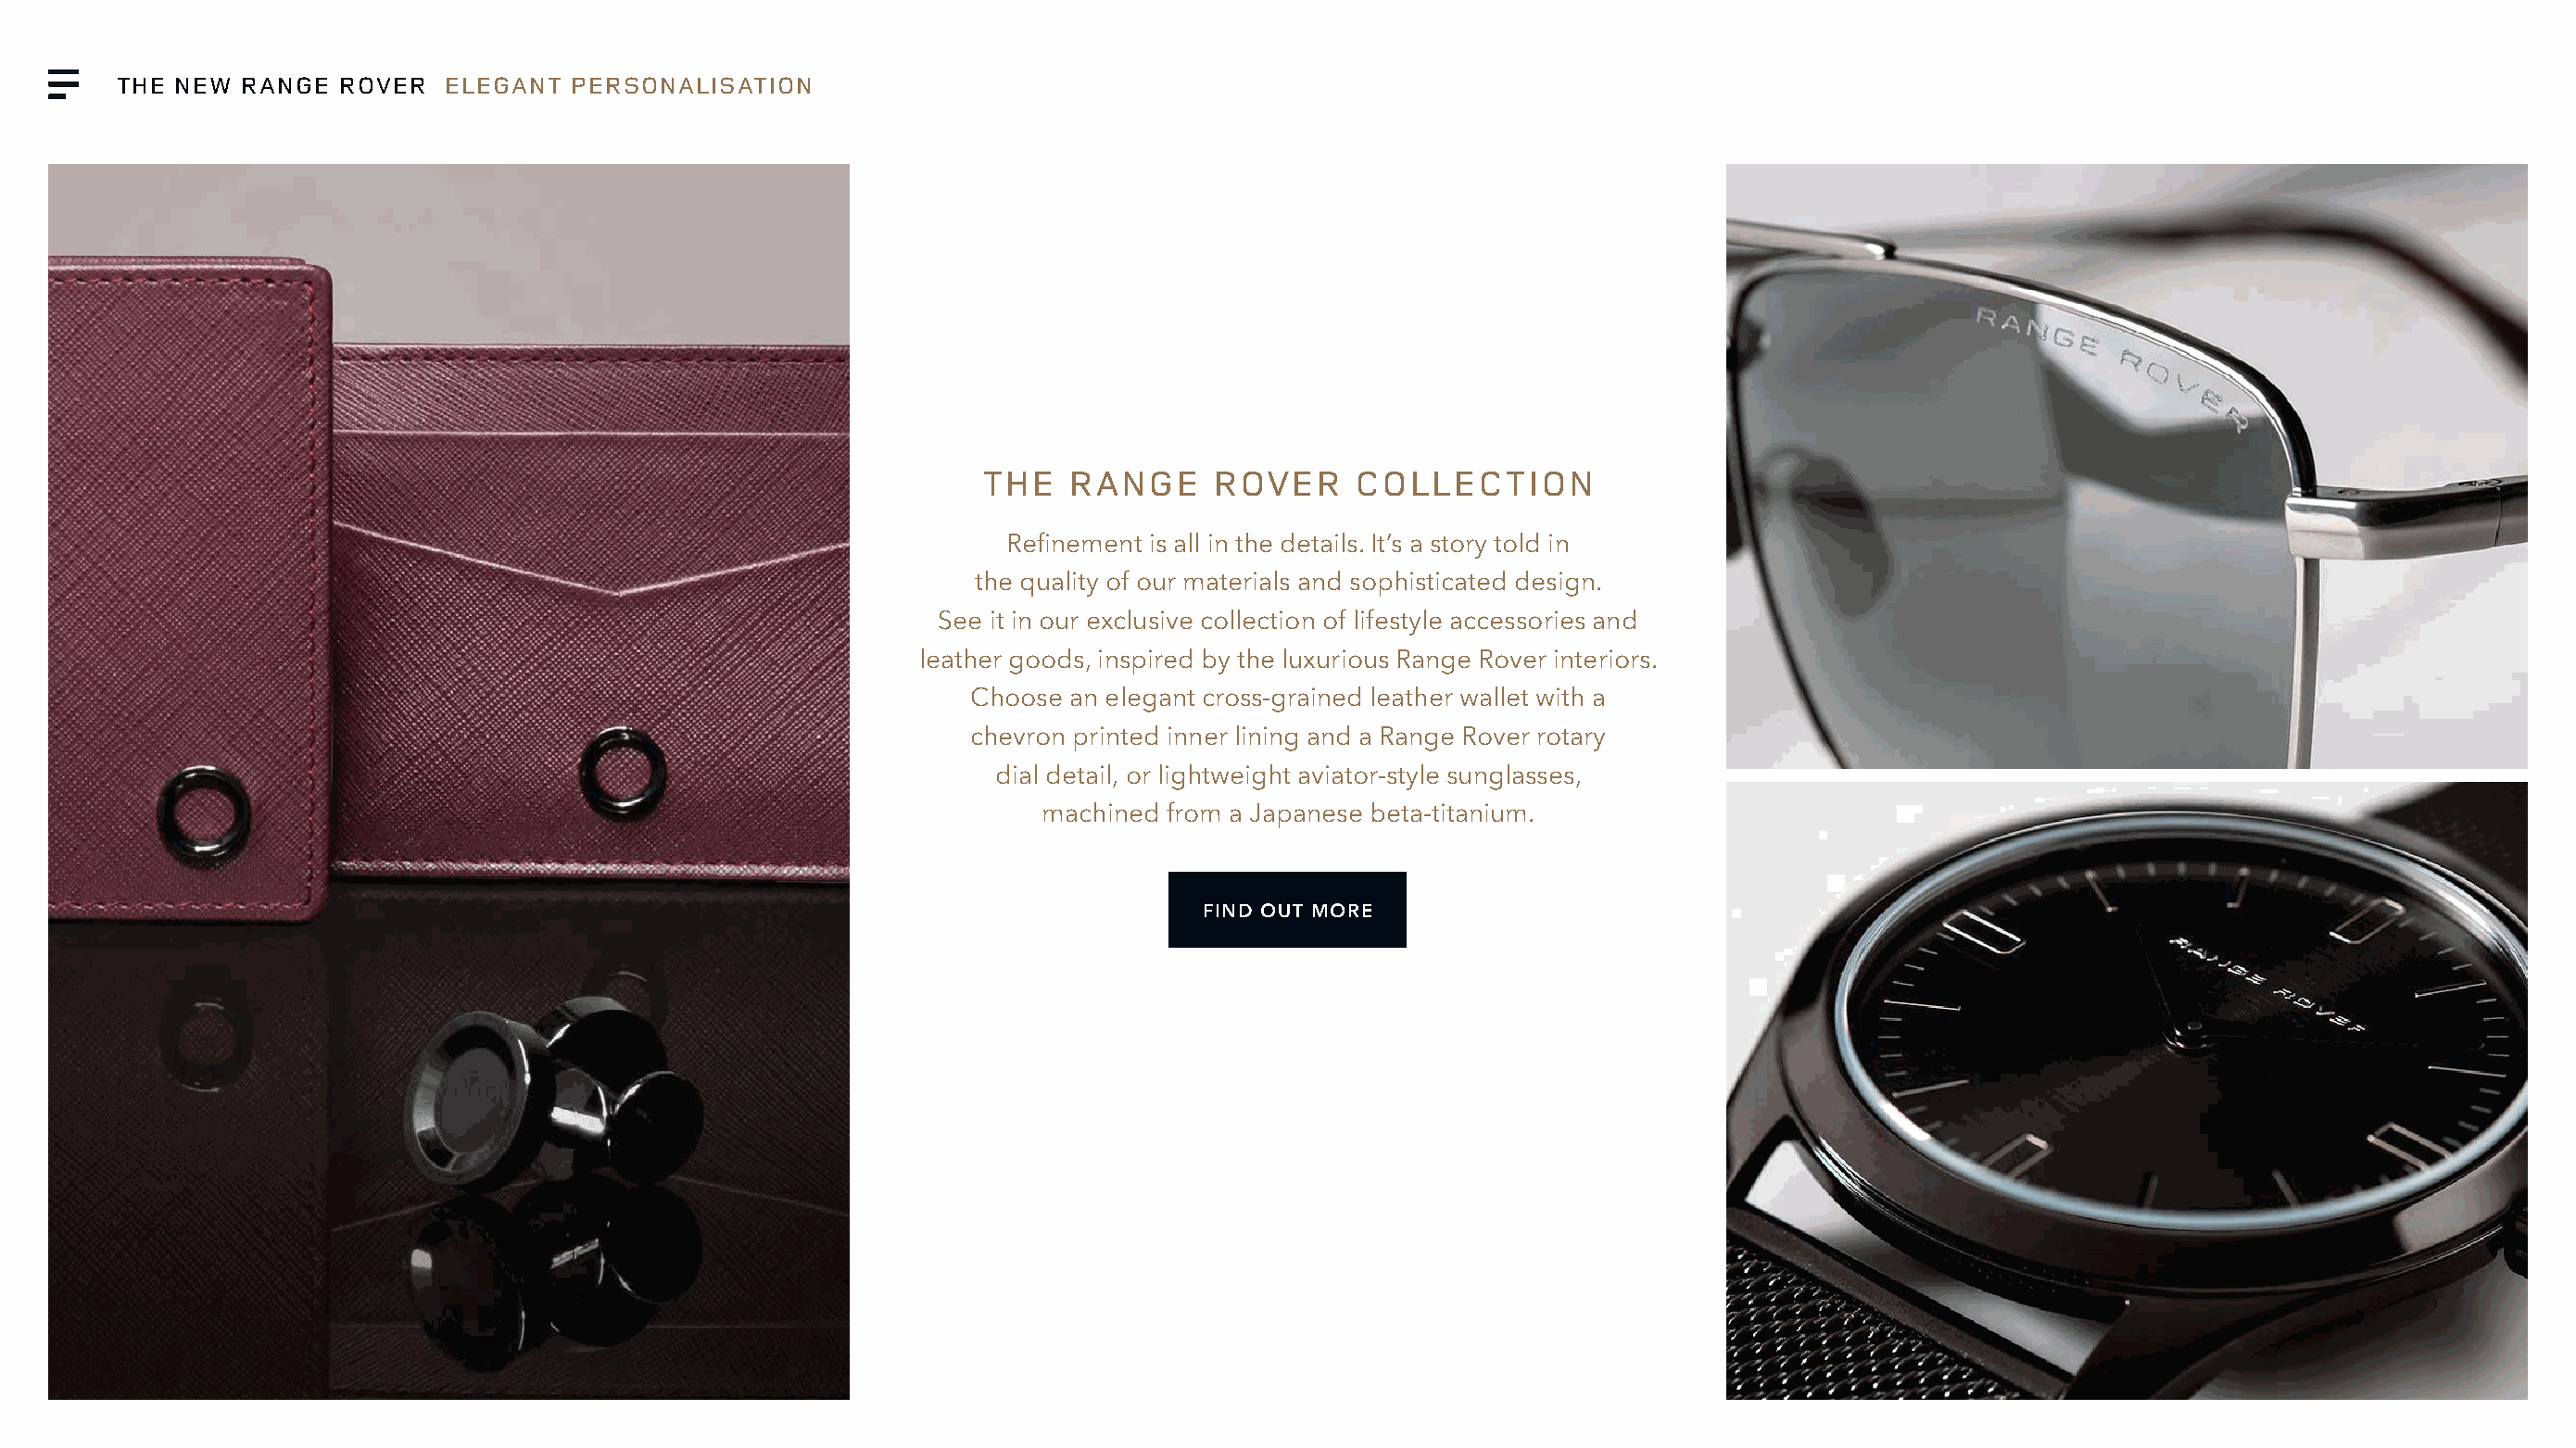
THE NEW  RANGE  ROVER   ELEGANT  PERSONALISATION
 THE   RANGE      ROVER     COLLECTION
 Refinement is all in the details. It’s a story told in
 the quality of our materials and sophisticated design.
 See it in our exclusive collection of lifestyle accessories and
 leather goods, inspired by the luxurious Range Rover interiors.
 Choose an elegant cross-grained leather wallet with a
 chevron printed inner lining and a Range Rover rotary
 dial detail, or lightweight aviator-style sunglasses,
 machined from a Japanese beta-titanium.
 FIND OUT MORE